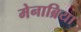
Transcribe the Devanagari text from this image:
मेनाब्रिया